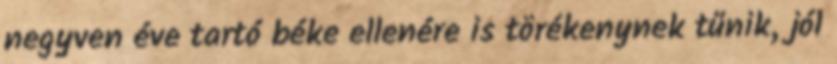
negyven éve tartó béke ellenére is törékenynek tűnik, jól